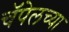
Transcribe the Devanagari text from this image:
चॅपेलच्या